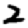
Digit: 2